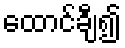
ထောင်ချီ၍